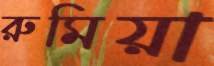
রুমিয়া